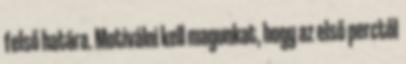
felső határa. Motiválni kell magunkat, hogy az első perctől